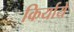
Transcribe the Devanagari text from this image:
किर्याये